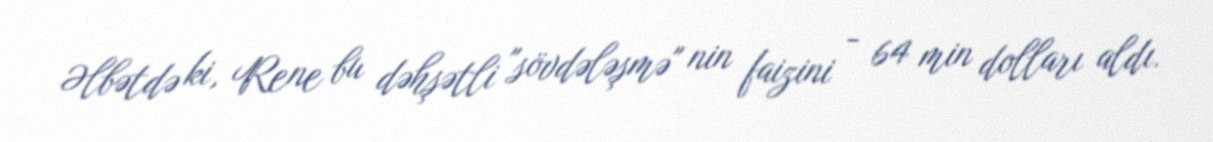
Əlbətdə ki, Rene bu dəhşətli "sövdələşmə" nin faizini - 64 min dolları aldı.